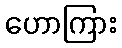
ဟောကြား